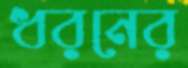
ধরনের